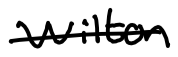
Text: Wilton
Cross-out: single-line
Writing tool: digital_black